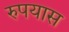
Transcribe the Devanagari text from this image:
रुपयास